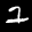
Label: 2